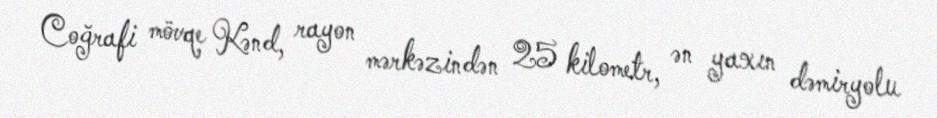
Coğrafi mövqe Kənd, rayon mərkəzindən 25 kilometr, ən yaxın dəmiryolu